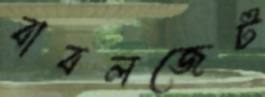
বাবলজেট